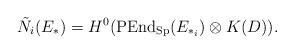
LaTeX: \begin{align*}\tilde{N}_i(E_*) = H^0(\textnormal{PEnd}_{\mathrm{Sp}}(E_{*_i}) \otimes K(D)).\end{align*}